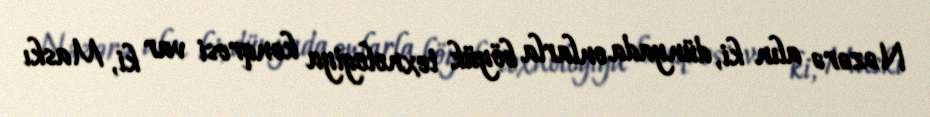
Nəzərə alın ki, dünyada onlarla böyük texnologiya konqresi var ki, Maskı